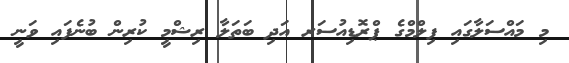
މި މައްސަލާގައި ފިލްމްގެ ޕްރޮޑިއުސަރ އަދި ބަތަލާ ރިޝްމީ ކުރިން ބުނެފައި ވަނީ